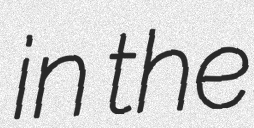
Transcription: in the